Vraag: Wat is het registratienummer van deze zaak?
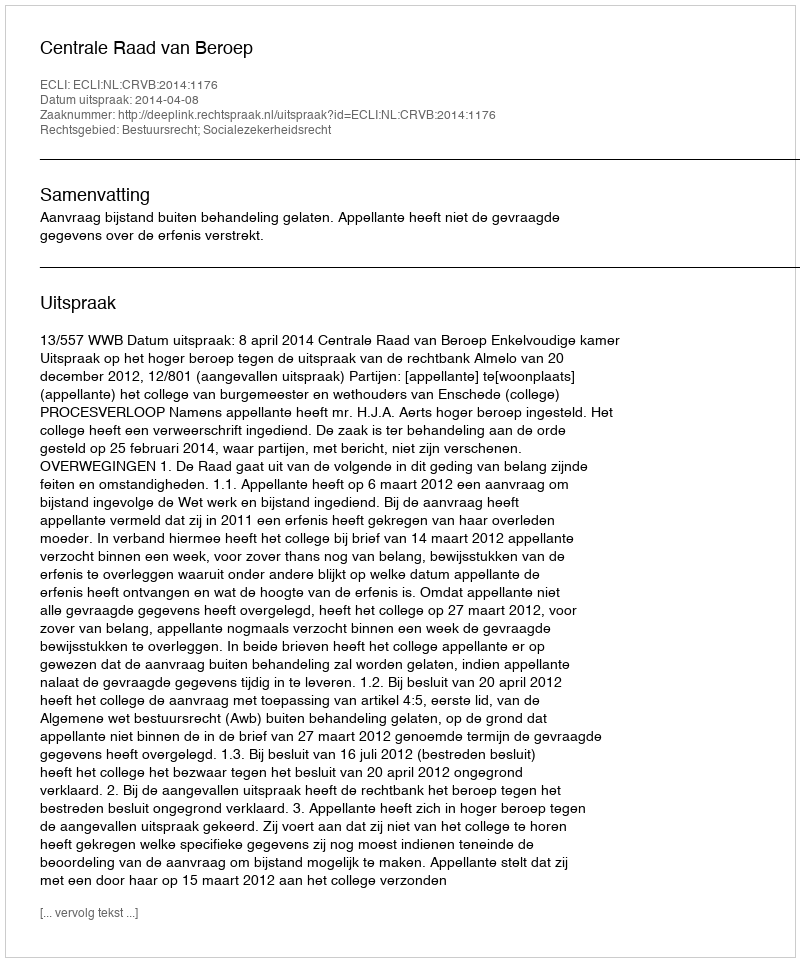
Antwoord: http://deeplink.rechtspraak.nl/uitspraak?id=ECLI:NL:CRVB:2014:1176